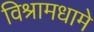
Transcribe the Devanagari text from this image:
विश्रामधामे